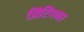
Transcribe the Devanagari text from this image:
प्रिंटिंगवर